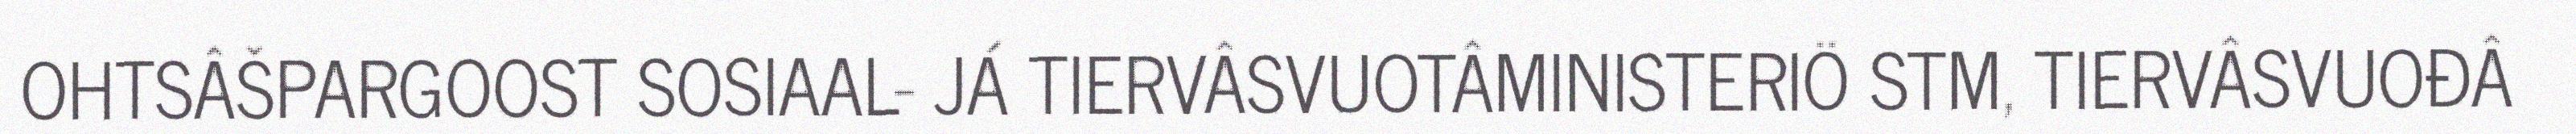
OHTSÂŠPARGOOST SOSIAAL- JÁ TIERVÂSVUOTÂMINISTERIÖ STM, TIERVÂSVUOĐÂ